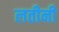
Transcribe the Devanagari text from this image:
लतीनी